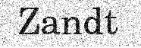
Zandt